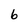
Character: 6